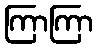
ကြာကြာ